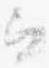
ヲ